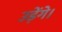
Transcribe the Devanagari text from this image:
उड़ेंगे।